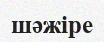
шәжіре